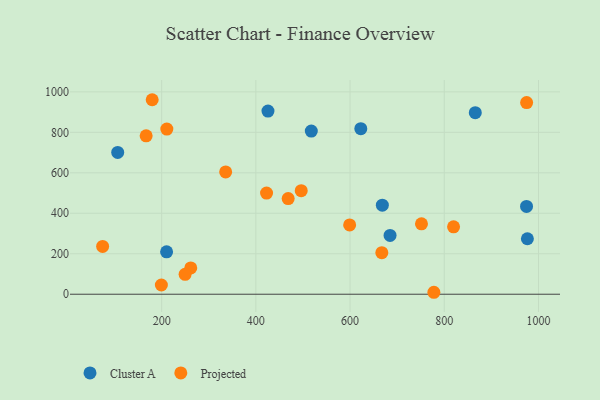
{"axis": {"x": "Study Hours", "y": "Salary"}, "legend": ["Cluster A", "Projected"], "data": [{"x": "106.7", "y": 700.8, "type": "Cluster A"}, {"x": "976.4", "y": 274.0, "type": "Cluster A"}, {"x": "425.7", "y": 905.0, "type": "Cluster A"}, {"x": "865.8", "y": 897.1, "type": "Cluster A"}, {"x": "517.7", "y": 806.1, "type": "Cluster A"}, {"x": "622.8", "y": 817.8, "type": "Cluster A"}, {"x": "684.9", "y": 290.6, "type": "Cluster A"}, {"x": "210.5", "y": 209.4, "type": "Cluster A"}, {"x": "974.6", "y": 433.8, "type": "Cluster A"}, {"x": "668.5", "y": 439.8, "type": "Cluster A"}, {"x": "211.0", "y": 816.1, "type": "Projected"}, {"x": "74.7", "y": 236.2, "type": "Projected"}, {"x": "335.9", "y": 604.5, "type": "Projected"}, {"x": "422.7", "y": 499.9, "type": "Projected"}, {"x": "599.1", "y": 342.2, "type": "Projected"}, {"x": "777.9", "y": 9.6, "type": "Projected"}, {"x": "468.6", "y": 472.6, "type": "Projected"}, {"x": "496.3", "y": 511.9, "type": "Projected"}, {"x": "667.4", "y": 205.2, "type": "Projected"}, {"x": "974.8", "y": 946.8, "type": "Projected"}, {"x": "261.8", "y": 129.9, "type": "Projected"}, {"x": "199.4", "y": 45.6, "type": "Projected"}, {"x": "179.9", "y": 961.1, "type": "Projected"}, {"x": "249.8", "y": 98.5, "type": "Projected"}, {"x": "819.7", "y": 333.2, "type": "Projected"}, {"x": "167.1", "y": 782.6, "type": "Projected"}, {"x": "751.6", "y": 347.7, "type": "Projected"}]}